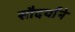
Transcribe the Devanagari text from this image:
सौदर्यांने